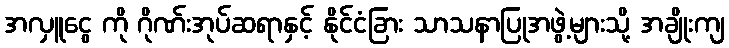
အလှူငွေ ကို ဂိုဏ်းအုပ်ဆရာနှင့် နိုင်ငံခြား သာသနာပြုအဖွဲ့များသို့ အချိုးကျ